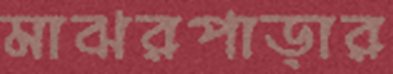
মাঝরপাড়ার